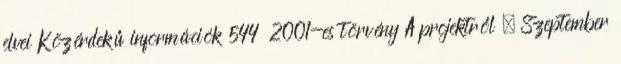
elvei Közérdekű információk 544 2001-es törvény A projektről ◀ Szeptember